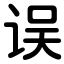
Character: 误